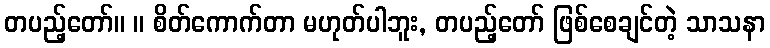
တပည့်တော်။ ။ စိတ်ကောက်တာ မဟုတ်ပါဘူး, တပည့်တော် ဖြစ်စေချင်တဲ့ သာသနာ